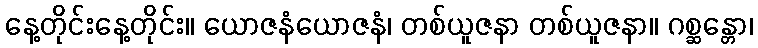
နေ့တိုင်းနေ့တိုင်း။ ယောဇနံယောဇနံ၊ တစ်ယူဇနာ တစ်ယူဇနာ။ ဂစ္ဆန္တော၊